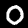
Label: 0